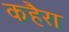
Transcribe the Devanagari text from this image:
कहैरा